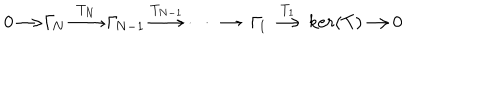
0 { \longrightarrow } \Gamma _ { \! N } \stackrel { T _ { N } } { \longrightarrow } \Gamma _ { \! N - 1 } \stackrel { T _ { N - 1 } } { \longrightarrow } \dots \longrightarrow \Gamma _ { \! 1 } \stackrel { T _ { 1 } } { \longrightarrow } k e r ( T ) { \longrightarrow } 0